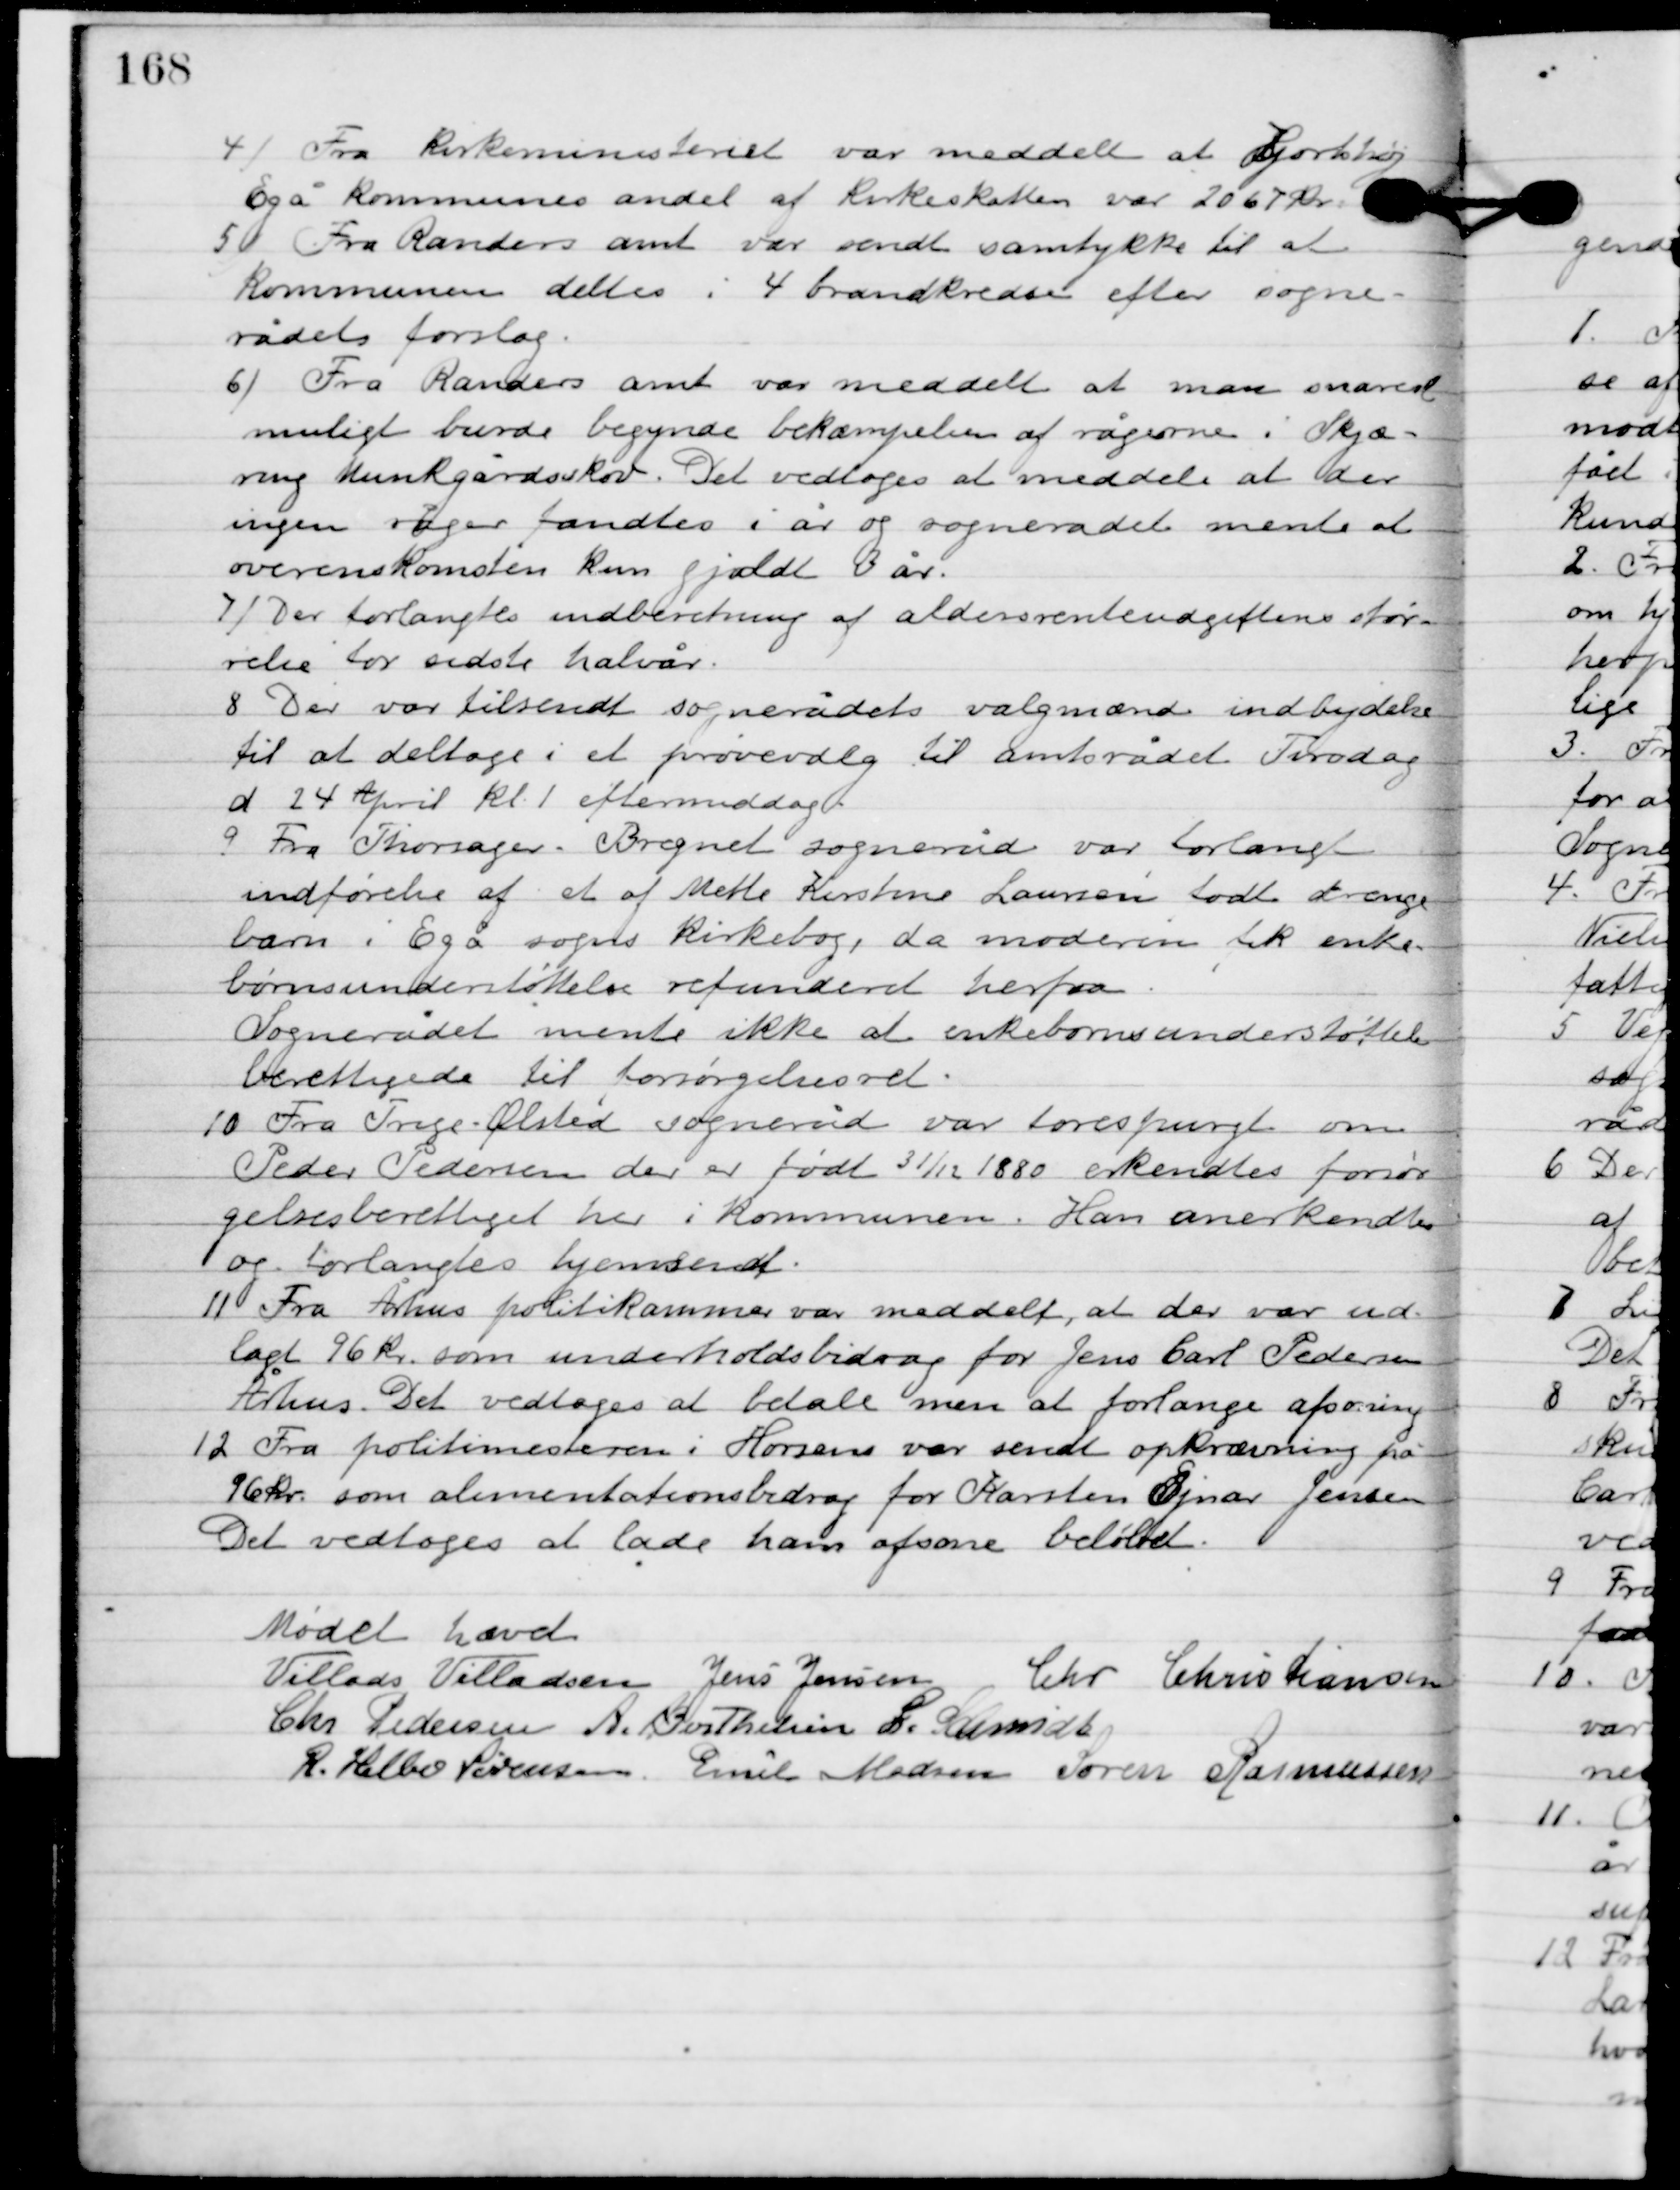
Transskription:
4

Fra kirkeministeriet var meddelt at Hjorthøj
Egå kommunes andel af kirkeskatten var 2067 kr.

5

Fra Randers amt var sendt samtykke til at
kommunen deltes i 4 brandkredse efter sogne-
rådets forslag.

6

Fra Randers amt var meddelt at man snares
muligt burde begynde bekæmpelsen af rågerne i Skjæ-
ring Munkegårsskov. Det vedtoges at meddele at
der ingen råger fandtes i år og sognerådet mente at
overenskomsten kun gjaldt 3 år.

7

Der forlangtes indberetning af aldersrenteafgiftens stør-
relse for sidste halvår.

8

Der var tilsendt sognerådets valgmænd indbydelse
til at deltage i et prøvevalg til amtsrådet tirsdag
d. 24. April kl. 1 eftermiddag.

9

Fra Thorsager, Bregnet sogneråd var forlangt
indførelse af et af Mette Kirstine Laursen født drenge-
barn i Egå sogns kirkebog, da moderen fik enke-
børns understøttelse refunderet herfra.
Sognerådet mente ikke at enkebørns understøttelse
berettigede til forsøgelsesret.

10

Fra Trige Ølsted sogneråd var forespurgt om
Peder Pedersen der er født 31/12 1880 erkendtes forsør-
gelsesberettiget her i kommunen. Han anerkendtes
og forlangtes hjemsendt.

11

Fra Århus politikammer var meddelt at der var ud-
lagt 96 kr. som underholdsbidrag for Jens Carl Pedersen
Århus. Det vedtoges at betale men at forlange afsoning.

12

Fra politimesteren i Horsens var sendt opkrævning på
16 kr. som alimentationsbidrag for Karsten Ejnar Jensen.
Det vedtoges at lade ham afsone beløbet.

Mødet hævet.

Villads J. Villadsen
Jens Jensen
Chr. Kristiansen
Chr. Pedersen
A. Berthelsen
I. Schmidt
R. Helbo Sørensen
Emil Madsen
Søren Rasmussen